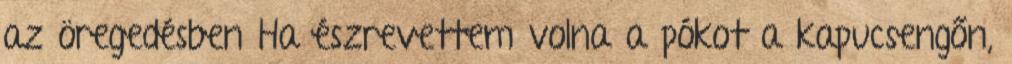
az öregedésben Ha észrevettem volna a pókot a kapucsengőn,